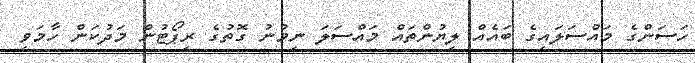
ހަސަންގެ މައްސަލައިގެ ބައެއް ލިޔުންތައް މައްސަލަ ނިމުނު ގޮތުގެ ރިޕޯޓުން މަދުކަން ހާމަވި